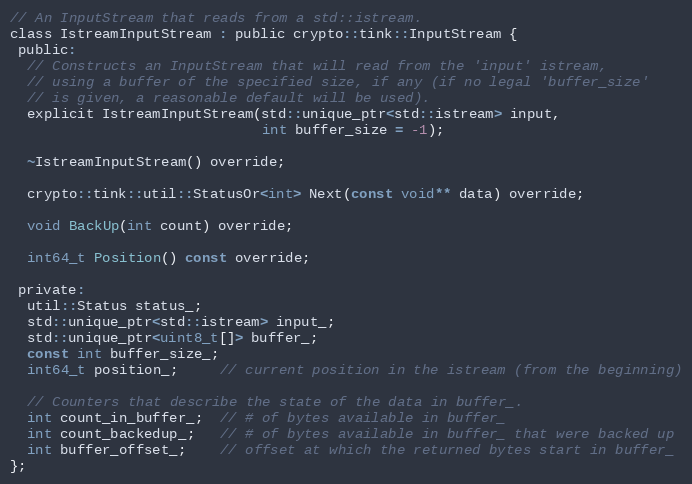
Language: C
// An InputStream that reads from a std::istream.
class IstreamInputStream : public crypto::tink::InputStream {
 public:
  // Constructs an InputStream that will read from the 'input' istream,
  // using a buffer of the specified size, if any (if no legal 'buffer_size'
  // is given, a reasonable default will be used).
  explicit IstreamInputStream(std::unique_ptr<std::istream> input,
                              int buffer_size = -1);

  ~IstreamInputStream() override;

  crypto::tink::util::StatusOr<int> Next(const void** data) override;

  void BackUp(int count) override;

  int64_t Position() const override;

 private:
  util::Status status_;
  std::unique_ptr<std::istream> input_;
  std::unique_ptr<uint8_t[]> buffer_;
  const int buffer_size_;
  int64_t position_;     // current position in the istream (from the beginning)

  // Counters that describe the state of the data in buffer_.
  int count_in_buffer_;  // # of bytes available in buffer_
  int count_backedup_;   // # of bytes available in buffer_ that were backed up
  int buffer_offset_;    // offset at which the returned bytes start in buffer_
};